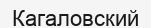
Кагаловский